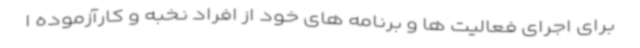
برای اجرای فعالیت ها و برنامه های خود از افراد نخبه و کارآزموده ا